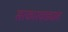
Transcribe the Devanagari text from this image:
सरकारवाड्यात